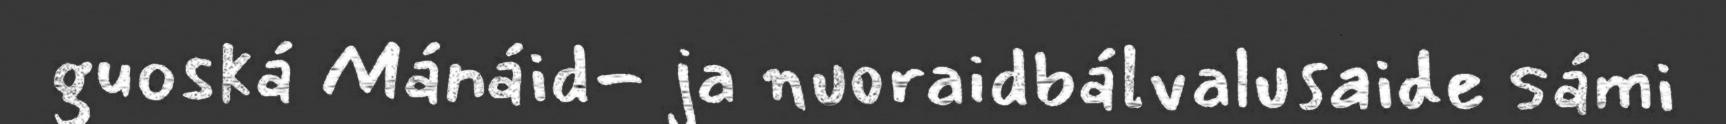
guoská Mánáid- ja nuoraidbálvalusaide sámi